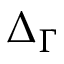
\Delta _ { \Gamma }